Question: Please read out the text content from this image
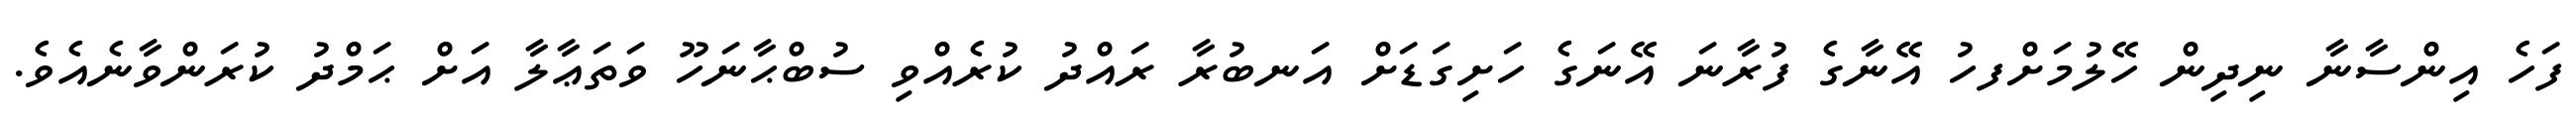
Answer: ފަހެ އިންސާނާ ނިދިން ހޭލުމަށްފހު އޭނާގެ ފުރާނަ އޭނަގެ ހަށިގަޑަށް އަނބުރާ ރައްދު ކުރެއްވި ސުބްޙާނަހޫ ވަތަޢާލާ އަށް ޙަމްދު ކުރަންވާނެއެވެ.